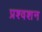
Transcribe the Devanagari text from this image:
प्रश्वशन